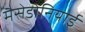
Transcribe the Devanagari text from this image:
मैसेडोनियाई